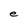
Character: e